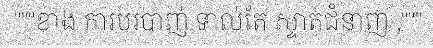
"""ខាង ការបរបាញ់ ទាល់តែ ស្ទាត់ជំនាញ ,"""